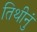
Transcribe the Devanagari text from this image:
तिथीनुं